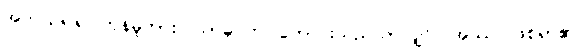
အကယ်၍ရပါကုန်မူကား။ သာဓုဝတ၊ ကောင်းသည်သာလျှင်။ အဿ၊ ဖြစ်ရာ၏။